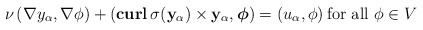
\begin{align*}\nu\left(\nabla y_\alpha,\nabla\phi\right)+\left(\mathbf{curl}\, \sigma(\mathbf{y_\alpha})\times \mathbf{y_\alpha},\boldsymbol\phi\right)=\left(u_\alpha,\phi\right) \mbox{for all} \ \phi\in V\end{align*}